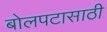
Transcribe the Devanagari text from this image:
बोलपटासाठी